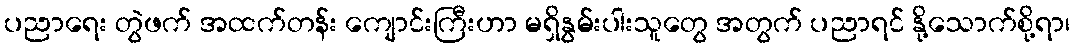
ပညာရေး တွဲဖက် အထက်တန်း ကျောင်းကြီးဟာ မရှိနွမ်းပါးသူတွေ အတွက် ပညာရင် နို့သောက်စို့ရာ၊